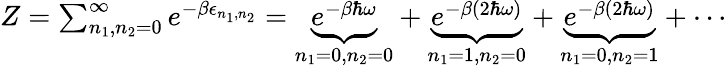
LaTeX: \begin{array}{r}{Z=\sum_{n_{1},n_{2}=0}^{\infty}e^{-\beta\epsilon_{n_{1},n_{2}}}=\underbrace{e^{-\beta\hbar\omega}}_{n_{1}=0,n_{2}=0}+\underbrace{e^{-\beta(2\hbar\omega)}}_{n_{1}=1,n_{2}=0}+\underbrace{e^{-\beta(2\hbar\omega)}}_{n_{1}=0,n_{2}=1}+\cdots}\end{array}